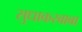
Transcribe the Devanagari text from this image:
सुधाकरबाबा